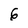
Character: 6